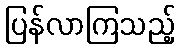
ပြန်လာကြသည့်